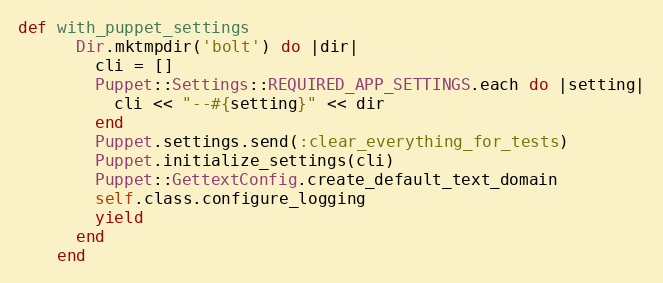
Language: Ruby
def with_puppet_settings
      Dir.mktmpdir('bolt') do |dir|
        cli = []
        Puppet::Settings::REQUIRED_APP_SETTINGS.each do |setting|
          cli << "--#{setting}" << dir
        end
        Puppet.settings.send(:clear_everything_for_tests)
        Puppet.initialize_settings(cli)
        Puppet::GettextConfig.create_default_text_domain
        self.class.configure_logging
        yield
      end
    end